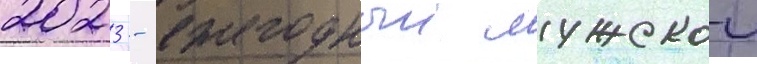
2023 - ежегодныи мужскои